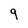
Character: 9